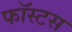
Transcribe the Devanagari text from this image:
फॉस्टस